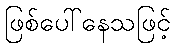
ဖြစ်ပေါ်နေသဖြင့်